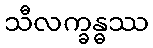
သီလက္ခန္ဓဿ